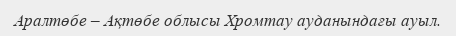
Аралтөбе – Ақтөбе облысы Хромтау ауданындағы ауыл.